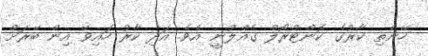
ހޭނެތި ކާރުގެ ކޮންޓްރޯލް ގެއްލުނީ އެވެ. އަދި ކާރު ހައިވޭ އިން ބޭރަށް